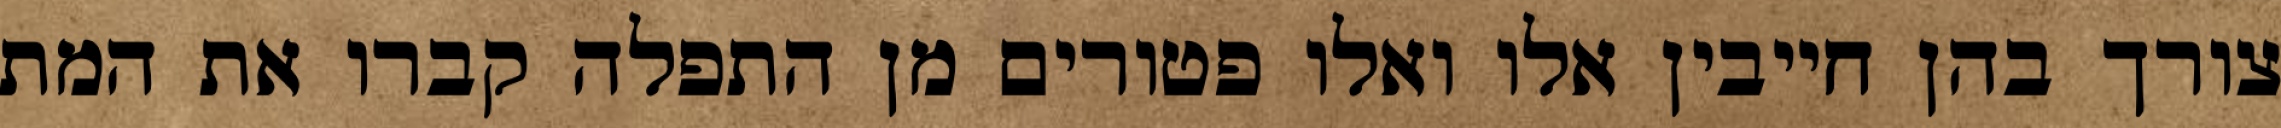
צורך בהן חייבין אלו ואלו פטורים מן התפלה קברו את המת